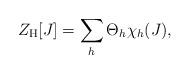
LaTeX: \begin{align*}Z_{\rm H}[J]= \sum_h \Theta_h \chi_h(J),\end{align*}